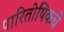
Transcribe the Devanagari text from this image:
पारितोषिकचे